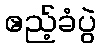
ဧည့်ခံပွဲ